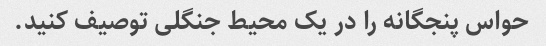
حواس پنجگانه را در یک محیط جنگلی توصیف کنید.